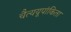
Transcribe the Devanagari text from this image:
चैत्ययूपांकिता